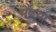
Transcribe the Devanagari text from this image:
मेंढया